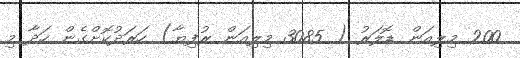
200 މިލިއަން ޑޮލަރު ( 3085 މިލިއަން ރުފިޔާ) ހަރަދުކޮށްގެން ހަދާ މި